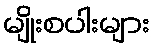
မျိုးစပါးများ